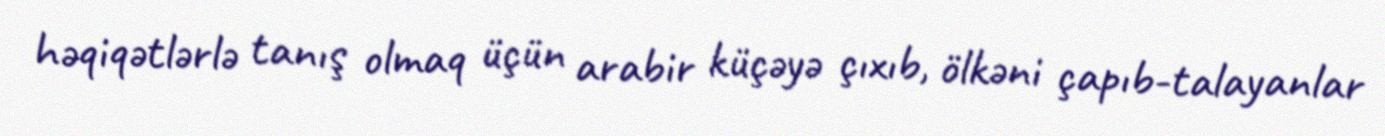
həqiqətlərlə tanış olmaq üçün arabir küçəyə çıxıb, ölkəni çapıb-talayanlar